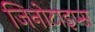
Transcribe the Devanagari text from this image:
जिनोटाइप्स